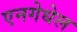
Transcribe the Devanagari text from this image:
एनगेधेल